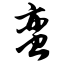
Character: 蛮